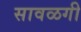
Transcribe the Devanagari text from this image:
सावळगी